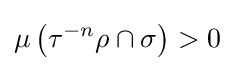
\mu \left(\tau ^{-n}\rho \cap \sigma \right)>0